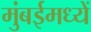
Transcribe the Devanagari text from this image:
मुंबईमध्यें